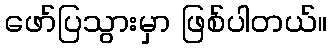
ဖော်ပြသွားမှာ ဖြစ်ပါတယ်။